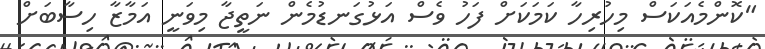
"ކޮންމެއަކަސް މިހުރިހާ ކަމަކަށް ފަހު ވެސް އަޅުގަނޑުމެން ނަތީޖާ މިވަނީ އަމާޒާ ހިސާބަށް